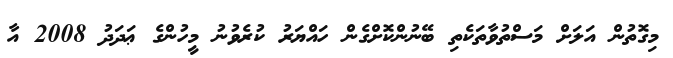
މިގޮތުން އަލަށް މަސްތުވާތަކެތި ބޭނުންކޮށްގެން ހައްޔަރު ކުރެވުނު މީހުންގެ ޢަދަދު 2008 އާ